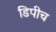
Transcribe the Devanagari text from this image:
डिपीच